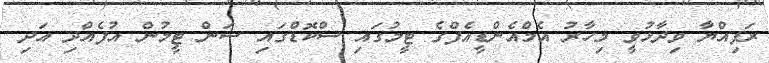
ރަފިއްޔާ ވިދާޅުވީ މިހާރު އެމްއެންޑީއެފްގެ ޓީމުގައި ސްކޮޑްގައި ސަން ޓީމުން އުފެއްދި އަދި